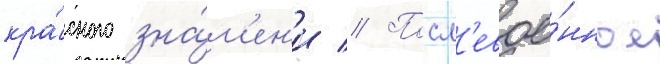
кра́сного зна́м'ен'и // Посл'евое́нное